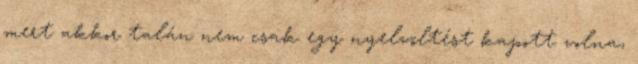
mert akkor talán nem csak egy nyelvöltést kapott volna,